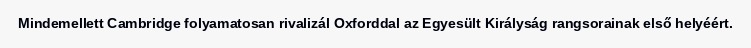
Mindemellett Cambridge folyamatosan rivalizál Oxforddal az Egyesült Királyság rangsorainak első helyéért.